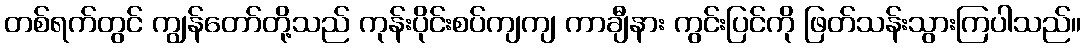
တစ်ရက်တွင် ကျွန်တော်တို့သည် ကုန်းပိုင်းစပ်ကျကျ ကာချီနား ကွင်းပြင်ကို ဖြတ်သန်းသွားကြပါသည်။